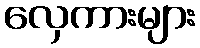
လှေကားများ